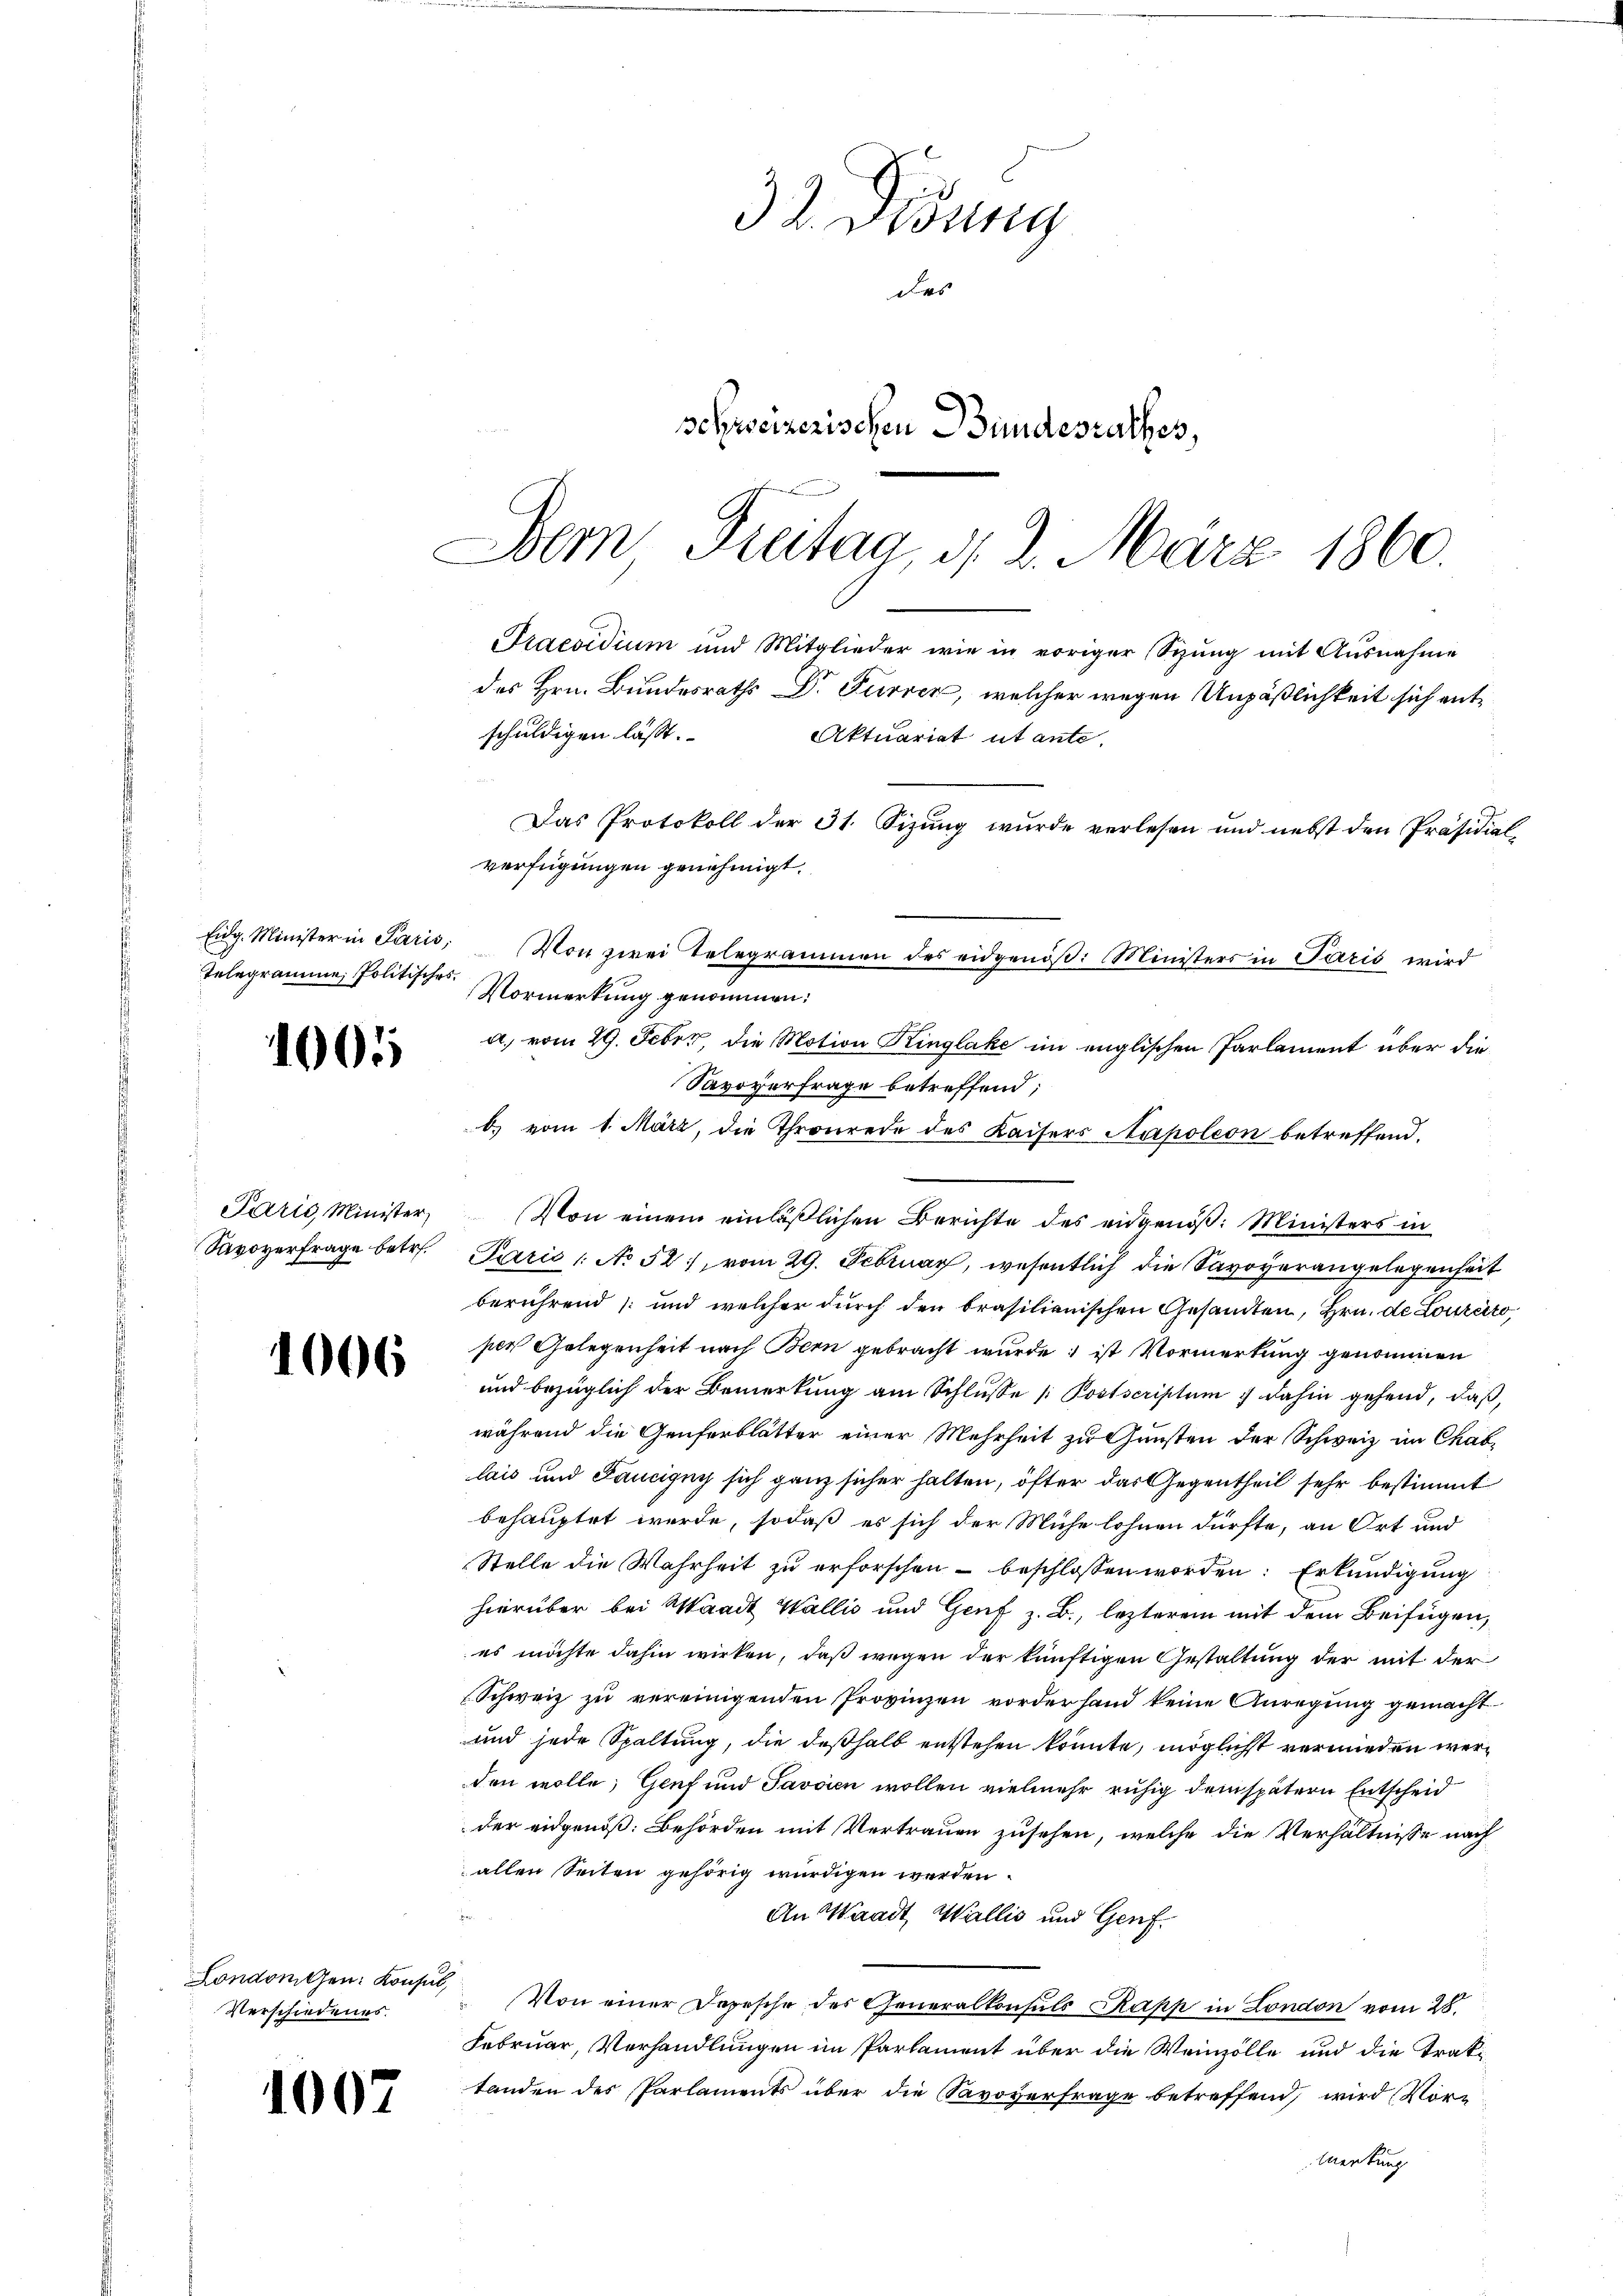
Telegramme Politisches

1001

1006

Londonen: Konsul,
Verschiedenes.

1007

32 Didung
des
schweizerischen Bundesrathes,

Vormerkung genommen;
A. vom 29. Febr., die Motion Kinglake im englischen Parlament über die
Savoverfrage betreffend;
b. vom 1. März, die Thronrede des Kaisers Napoleon betreffend.
Párić, Minister, Von einem einläßlichen Berichte des eidgenöß: Ministers in
Savoverfrage betr. Paris /: No 52, vom 29. Februar, wesentlich die Savoyerangelegenheit
berührend und welcher durch den brasilianischen Gesamten, Hrn. de Lorzeit
per Gelegenheit nach Bern gebracht wurde, ist Vormerkung genommen
und bezüglich der Bemerkung am Schlusse / Postscriptum dahin gehend, daß,
während die Genferblätter einer Mehrheit zu Gunsten der Schweiz im Chablais und Taucigny sich ganz sicher halten, öfter das Gegentheil sehr bestimmt
behauptet werde, sodaß es sich der Mühe lohnen dürfte, an Ort und
Stelle die Wahrheit zu erforschen - beschlossen worden: Erkundigung
hierüber bei Waadt Wallis und Genf z. B., lezterem mit dem Beifügen,
es möchte dahin wirken, daß wegen der künftigen Gestaltung der mit der
Schweiz zu vereinigenden Provinzen vorderhand keine Anregung gemacht.
und jede Spaltung, die deßhalb entstehen könnte, möglichst vermieden werden wolle; Genf und Javaien wollen vielmehr ruhig dem spätern Entscheid
der eidgenöß. Behörden mit Vertrauen zusehen, welche die Verhältnisse nach
allen Seiten gehörig würdigen werden.
An Waadt, Wallis und Genf.
Von einer Depesche des Generalkonsuls Kapp in London vom 28.
Februar, Verhandlungen im Parlament über die Weinzölle und die Traktanden des Parlaments über die Savoverfrage betreffend, wird Vor¬
Merkung

Dem Freitag, d. 2. März 1860.
Praesidium und Mitglieder wie in voriger Sizung mit Ausnahme
des Hrn. Bundesraths Dr. Furrer, welcher wegen Unpäßlichkeit sich entschuldigen lässt.
Aktuariat ut ante-
Das Protokoll der 31. Sizung wurde verlesen und nebst den Präsidial-
verfügungen genehmigt.
Eidg. Minister in Parić, (Von zwei Telegrammen des eidgenöβ: Ministers in Paris wird